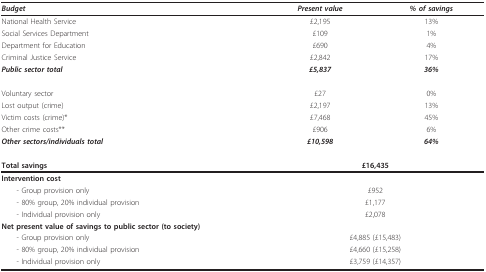
<table><thead><tr><td><b><i>Budget</i></b></td><td><b><i>Present value</i></b></td><td><b><i>% of savings</i></b></td></tr></thead><tbody><tr><td>National Health Service</td><td>£2,195</td><td>13%</td></tr><tr><td>Social Services Department</td><td>£109</td><td>1%</td></tr><tr><td>Department for Education</td><td>£690</td><td>4%</td></tr><tr><td>Criminal Justice Service</td><td>£2,842</td><td>17%</td></tr><tr><td><b><i>Public sector total</i></b></td><td><b><i>£5,837</i></b></td><td><b><i>36%</i></b></td></tr><tr><td>Voluntary sector</td><td>£27</td><td>0%</td></tr><tr><td>Lost output (crime)</td><td>£2,197</td><td>13%</td></tr><tr><td>Victim costs (crime)*</td><td>£7,468</td><td>45%</td></tr><tr><td>Other crime costs**</td><td>£906</td><td>6%</td></tr><tr><td><b><i>Other sectors/individuals total</i></b></td><td><b><i>£10,598</i></b></td><td><b><i>64%</i></b></td></tr><tr><td><b>Total savings</b></td><td colspan="2"><b>£16,435</b></td></tr><tr><td><b>Intervention cost</b></td><td></td><td></td></tr><tr><td> - Group provision only</td><td colspan="2">£952</td></tr><tr><td> - 80% group, 20% individual provision</td><td colspan="2">£1,177</td></tr><tr><td> - Individual provision only</td><td colspan="2">£2,078</td></tr><tr><td><b>Net present value of savings to public sector (to society)</b></td><td></td><td></td></tr><tr><td> - Group provision only</td><td colspan="2">£4,885 (£15,483)</td></tr><tr><td> - 80% group, 20% individual provision</td><td colspan="2">£4,660 (£15,258)</td></tr><tr><td> - Individual provision only</td><td colspan="2">£3,759 (£14,357)</td></tr></tbody></table>